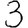
Digit: 3